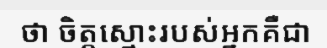
ថា ចិត្តស្មោះរបស់អ្នកគឺជា